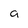
Character: a